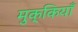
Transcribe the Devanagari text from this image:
मुक्कियाँ